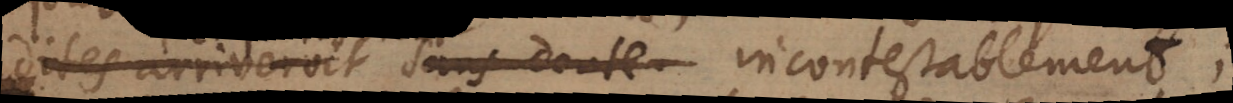
dites arriveroit sans doute incontestablement;